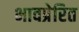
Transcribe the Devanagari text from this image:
भावप्रेरित